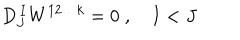
D _ { J } ^ { \, I } W ^ { 1 2 \ldots k } = 0 \; , \quad I < J